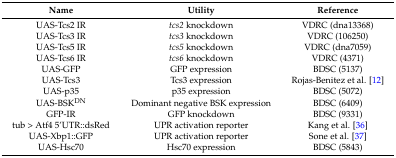
| Name | Utility | Reference |
 | --- | --- | --- |
 | UAS-Tcs2 IR | tcs2 knockdown | VDRC (dna13368) |
 | UAS-Tcs3 IR | tcs3 knockdown | VDRC (106250) |
 | UAS-Tcs5 IR | tcs5 knockdown | VDRC (dna7059) |
 | UAS-Tcs6 IR | tcs6 knockdown | VDRC (4371) |
 | UAS-GFP | GFP expression | BDSC (5137) |
 | UAS-Tcs3 | Tcs3 expression | Rojas-Benitez et al. [12] |
 | UAS-p35 | p35 expression | BDSC (5072) |
 | UAS-BSKDN | Dominant negative BSK expression | BDSC (6409) |
 | GFP-IR | GFP knockdown | BDSC (9331) |
 | tub > Atf4 5’UTR::dsRed | UPR activation reporter | Kang et al. [36] |
 | UAS-Xbp1::GFP | UPR activation reporter | Sone et al. [37] |
 | UAS-Hsc70 | Hsc70 expression | BDSC (5843) |